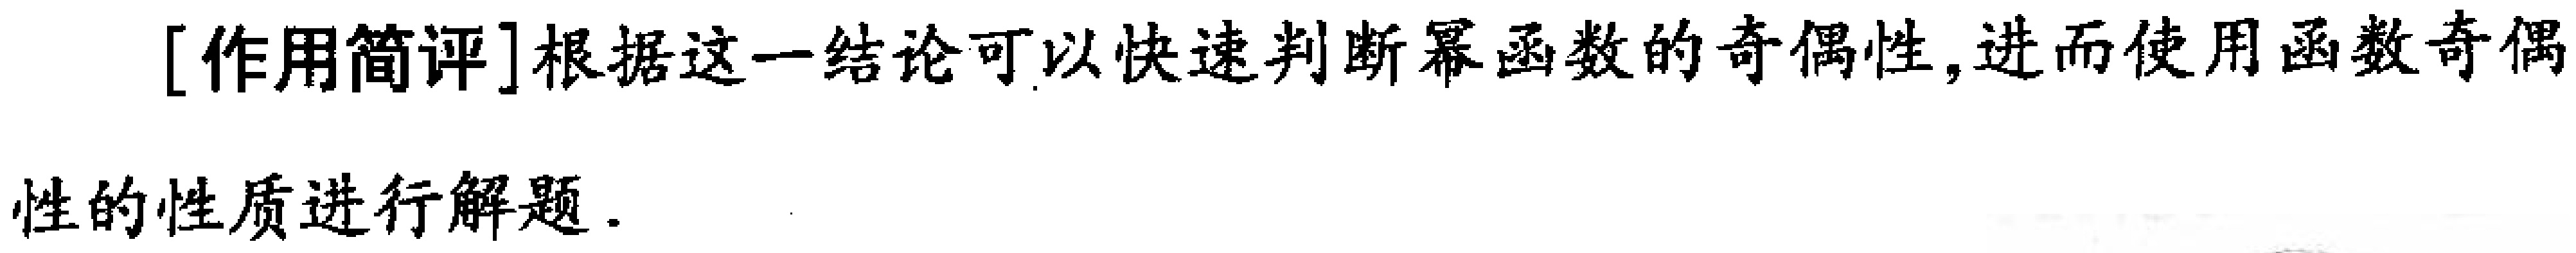
[作用简评]根据这一结论可以快速判断幂函数的奇偶性,进而使用函数奇偶性的性质进行解题.